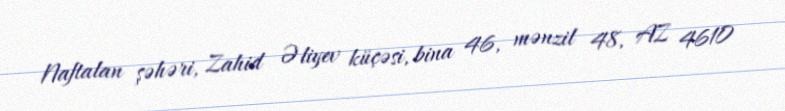
Naftalan şəhəri, Zahid Əliyev küçəsi, bina 46, mənzil 48, AZ 4610